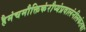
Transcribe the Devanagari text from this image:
हैमंचमौक्तिकंरौप्यंप्रवालंनीलकंतथा